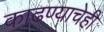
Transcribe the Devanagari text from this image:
काढण्याचेही